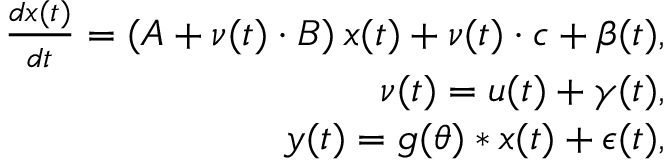
\begin{array} { r } { \frac { d \boldsymbol { x } ( t ) } { d t } = ( \boldsymbol { A } + \nu ( t ) \cdot \boldsymbol { B } ) \: \boldsymbol { x } ( t ) + \nu ( t ) \cdot \boldsymbol { c } + \boldsymbol { \beta } ( t ) , } \\ { \nu ( t ) = u ( t ) + \gamma ( t ) , } \\ { \boldsymbol { y } ( t ) = g ( \theta ) * \boldsymbol { x } ( t ) + \boldsymbol { \epsilon } ( t ) , } \end{array}